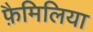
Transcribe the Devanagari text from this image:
फ़ैमिलिया